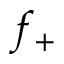
f _ { + }